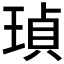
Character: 𤦹